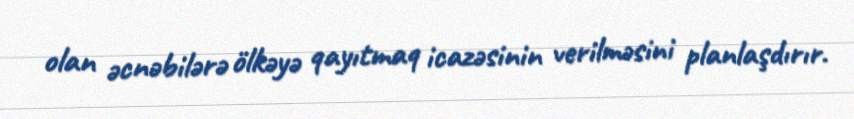
olan əcnəbilərə ölkəyə qayıtmaq icazəsinin verilməsini planlaşdırır.